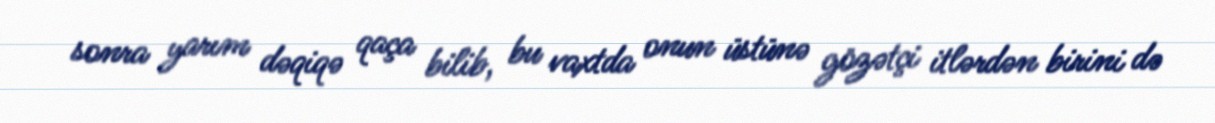
sonra yarım dəqiqə qaça bilib, bu vaxtda onun üstünə gözətçi itlərdən birini də